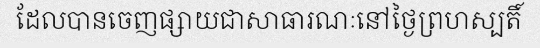
ដែលបានចេញផ្សាយជាសាធារណៈនៅថ្ងៃព្រហស្បតិ៍